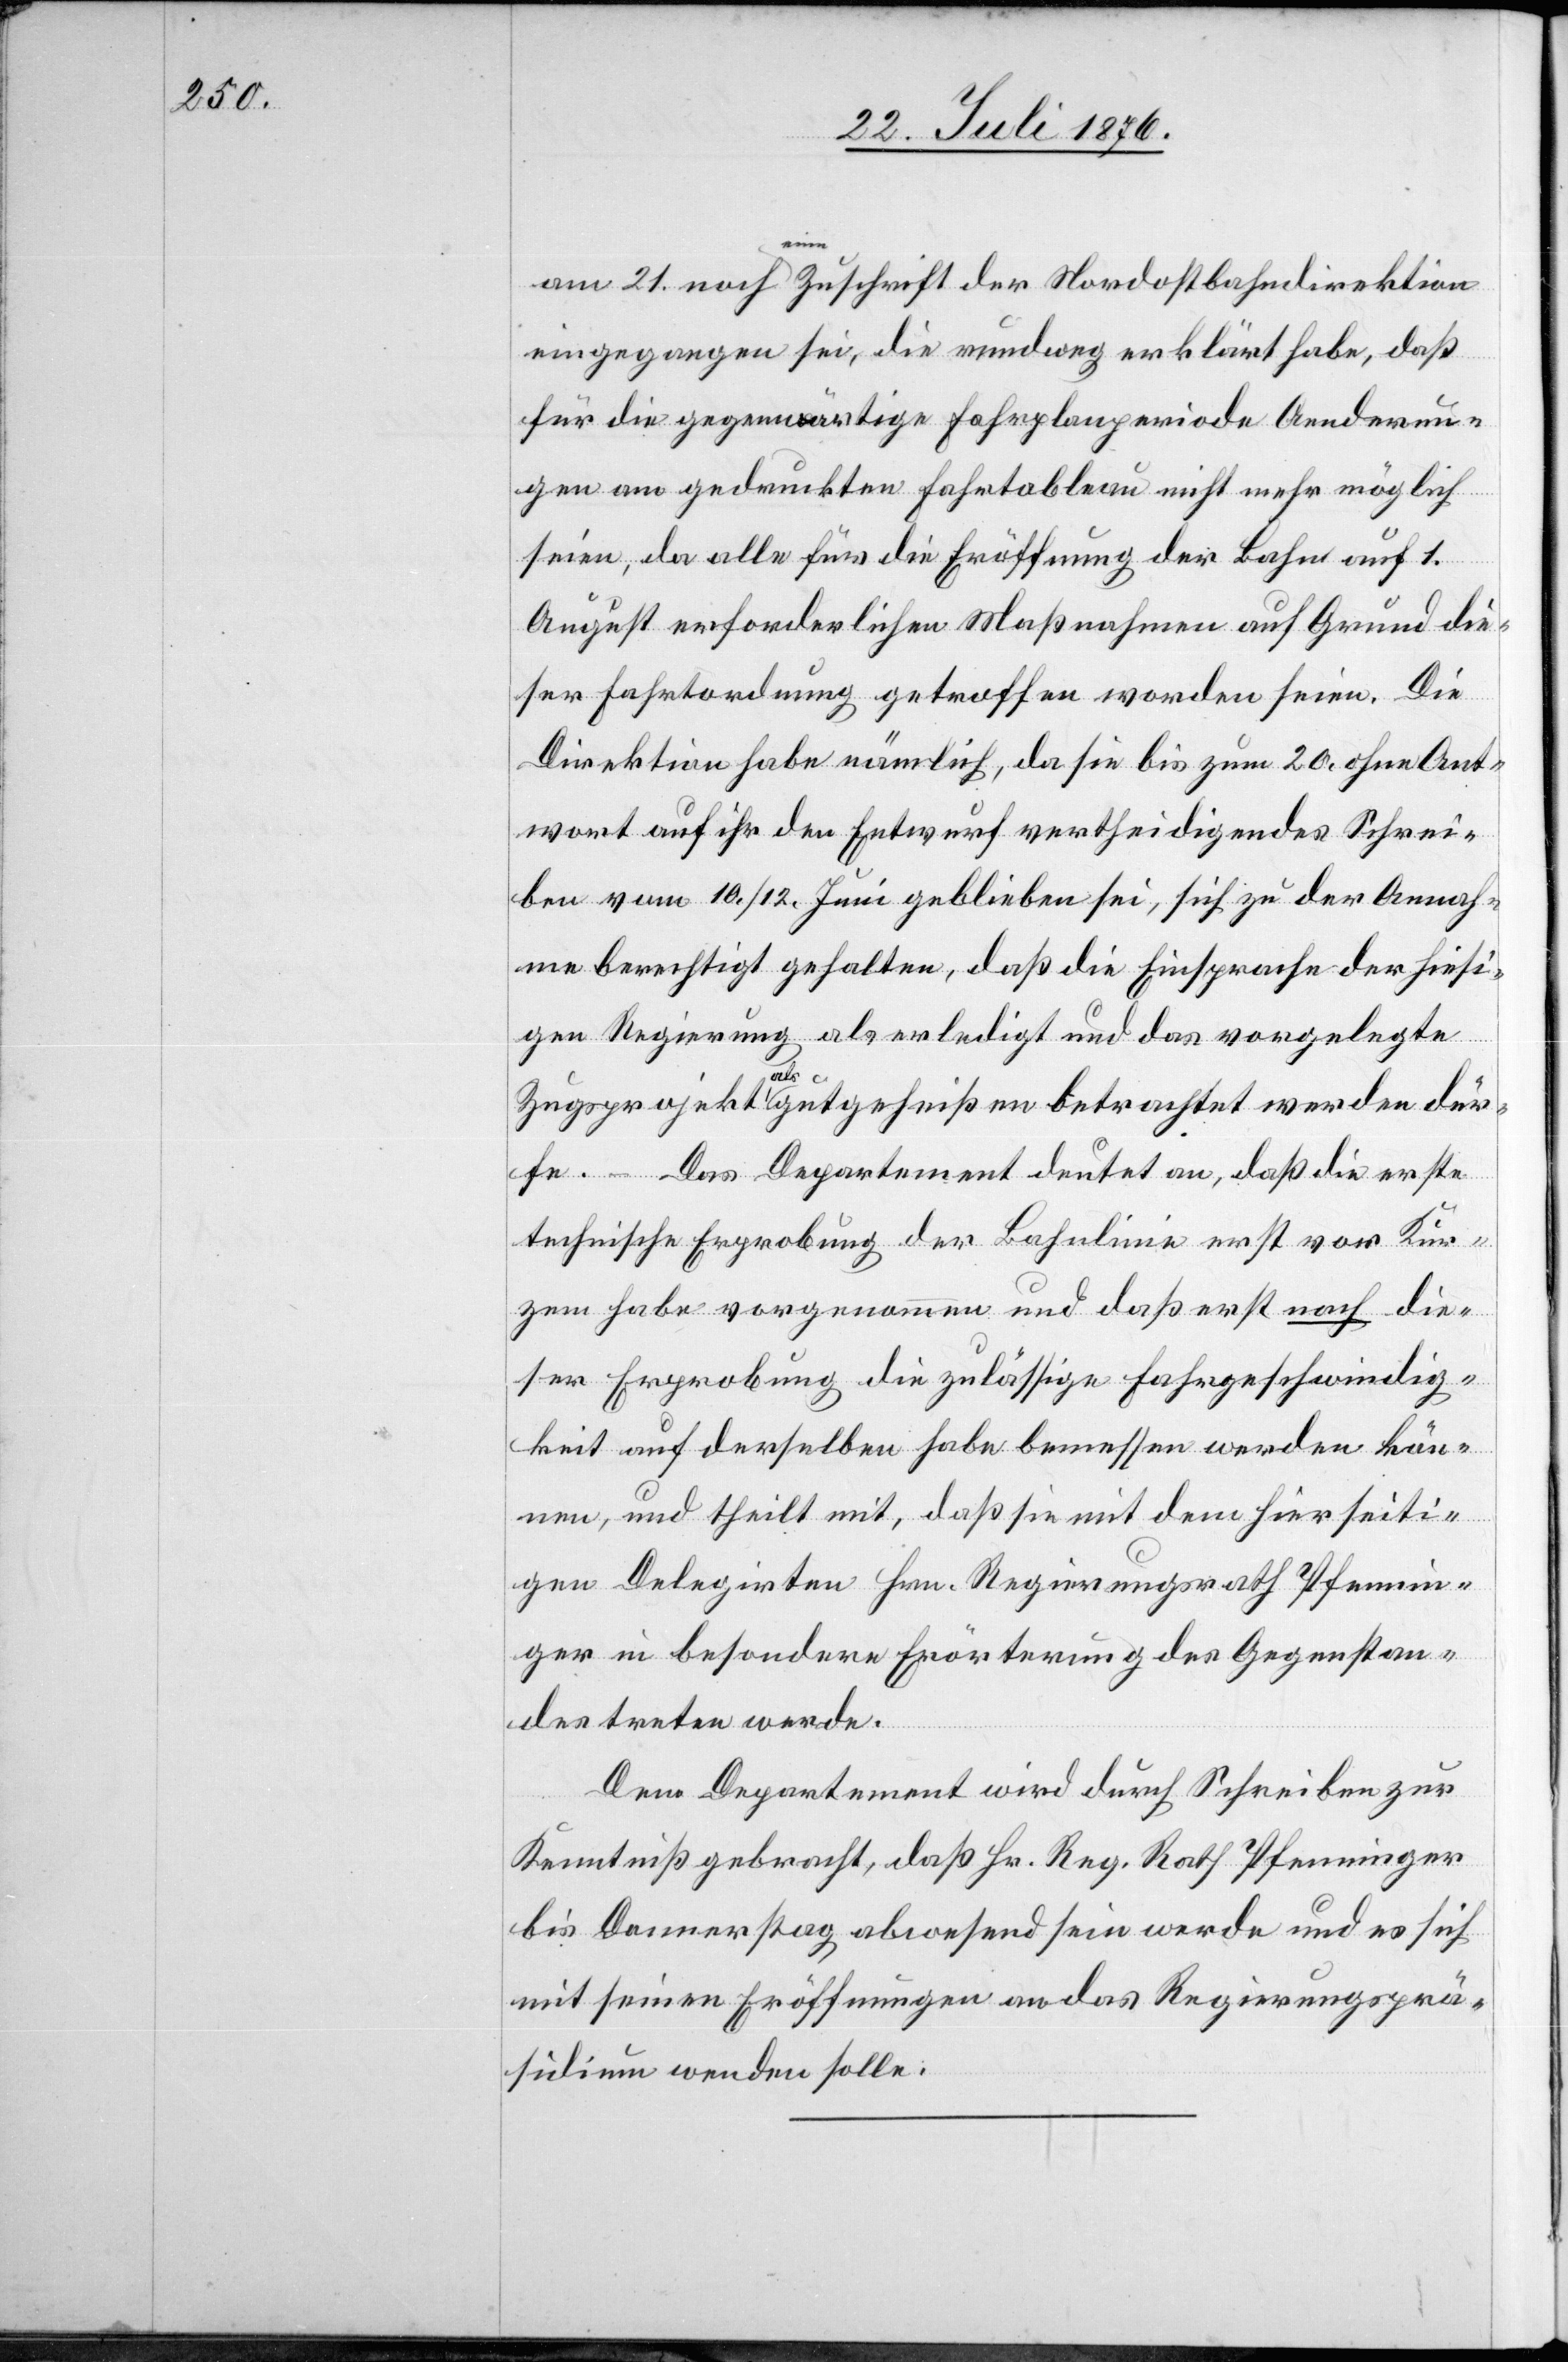
am 21. noch eine Zuschrift der Nordostbahndirektion
eingegangen sei, die rundweg erklärt habe, daß
für die gegenwärtige Fahrplanperiode Aenderun¬
gen am gedruckten Fahrtableau nicht mehr möglich
seien, da alle für die Eröffnung der Bahn auf 1.
August erforderlichen Maßnahmen auf Grund die¬
ser Fahrtordnung getroffen worden seien. Die
Direktion habe nämlich, da sie bis zum 20. ohne Ant¬
wort auf ihr den Entwurf verteidigendes Schrei¬
ben vom 10./12. Juni geblieben sei, sich zu der Annah¬
me berechtigt gehalten, daß die Einsprache der hiesi¬
gen Regierung als erledigt und das vorgelegte
Zugsprojekt als gutgeheißen betrachtet werden dür¬
fe. – Das Departement deutet an, daß die erste
technische Erprobung der Bahnlinie erst vor Kur¬
zem habe vorgenommen und daß erst nach die¬
ser Erprobung die zulässige Fahrgeschwindig¬
keit auf derselben habe bemessen werden kön¬
nen, und theilt mit, daß sie mit dem hierseiti¬
gen Delegirten Hrn. Regierungsrath Pfennin¬
ger in besondere Erörterung des Gegenstan¬
des treten werde.
Dem Departement wird durch Schreiben zur
Kenntniß gebracht, daß Hr. Reg. Rath Pfenninger
bis Donnerstag abwesend sein werde und es sich
mit seinen Eröffnungen an das Regierungsprä¬
sidium wenden solle.